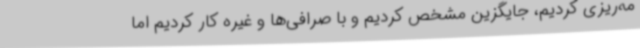
مه‌ریزی کردیم، جایگزین مشخص کردیم و با صرافی‌ها و غیره کار کردیم اما